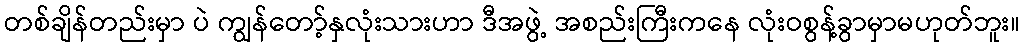
တစ်ချိန်တည်းမှာ ပဲ ကျွန်တော့်နှလုံးသားဟာ ဒီအဖွဲ့ အစည်းကြီးကနေ လုံးဝစွန့်ခွာမှာမဟုတ်ဘူး။